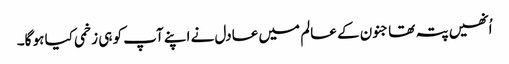
اُنھیں پتہ تھا جنون کے عالم میں عادل نے اپنے آپ کو ہی زخمی کیا ہو گا۔